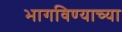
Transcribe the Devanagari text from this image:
भागविण्याच्या